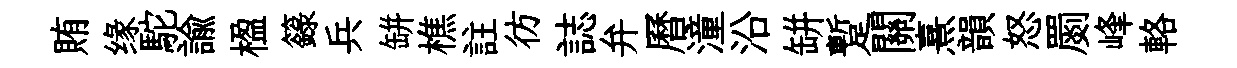
賄缘駝諭楹籙兵缾樵註彷誌弁曆潼沿缾蹔關熹韻怒罽峰輅